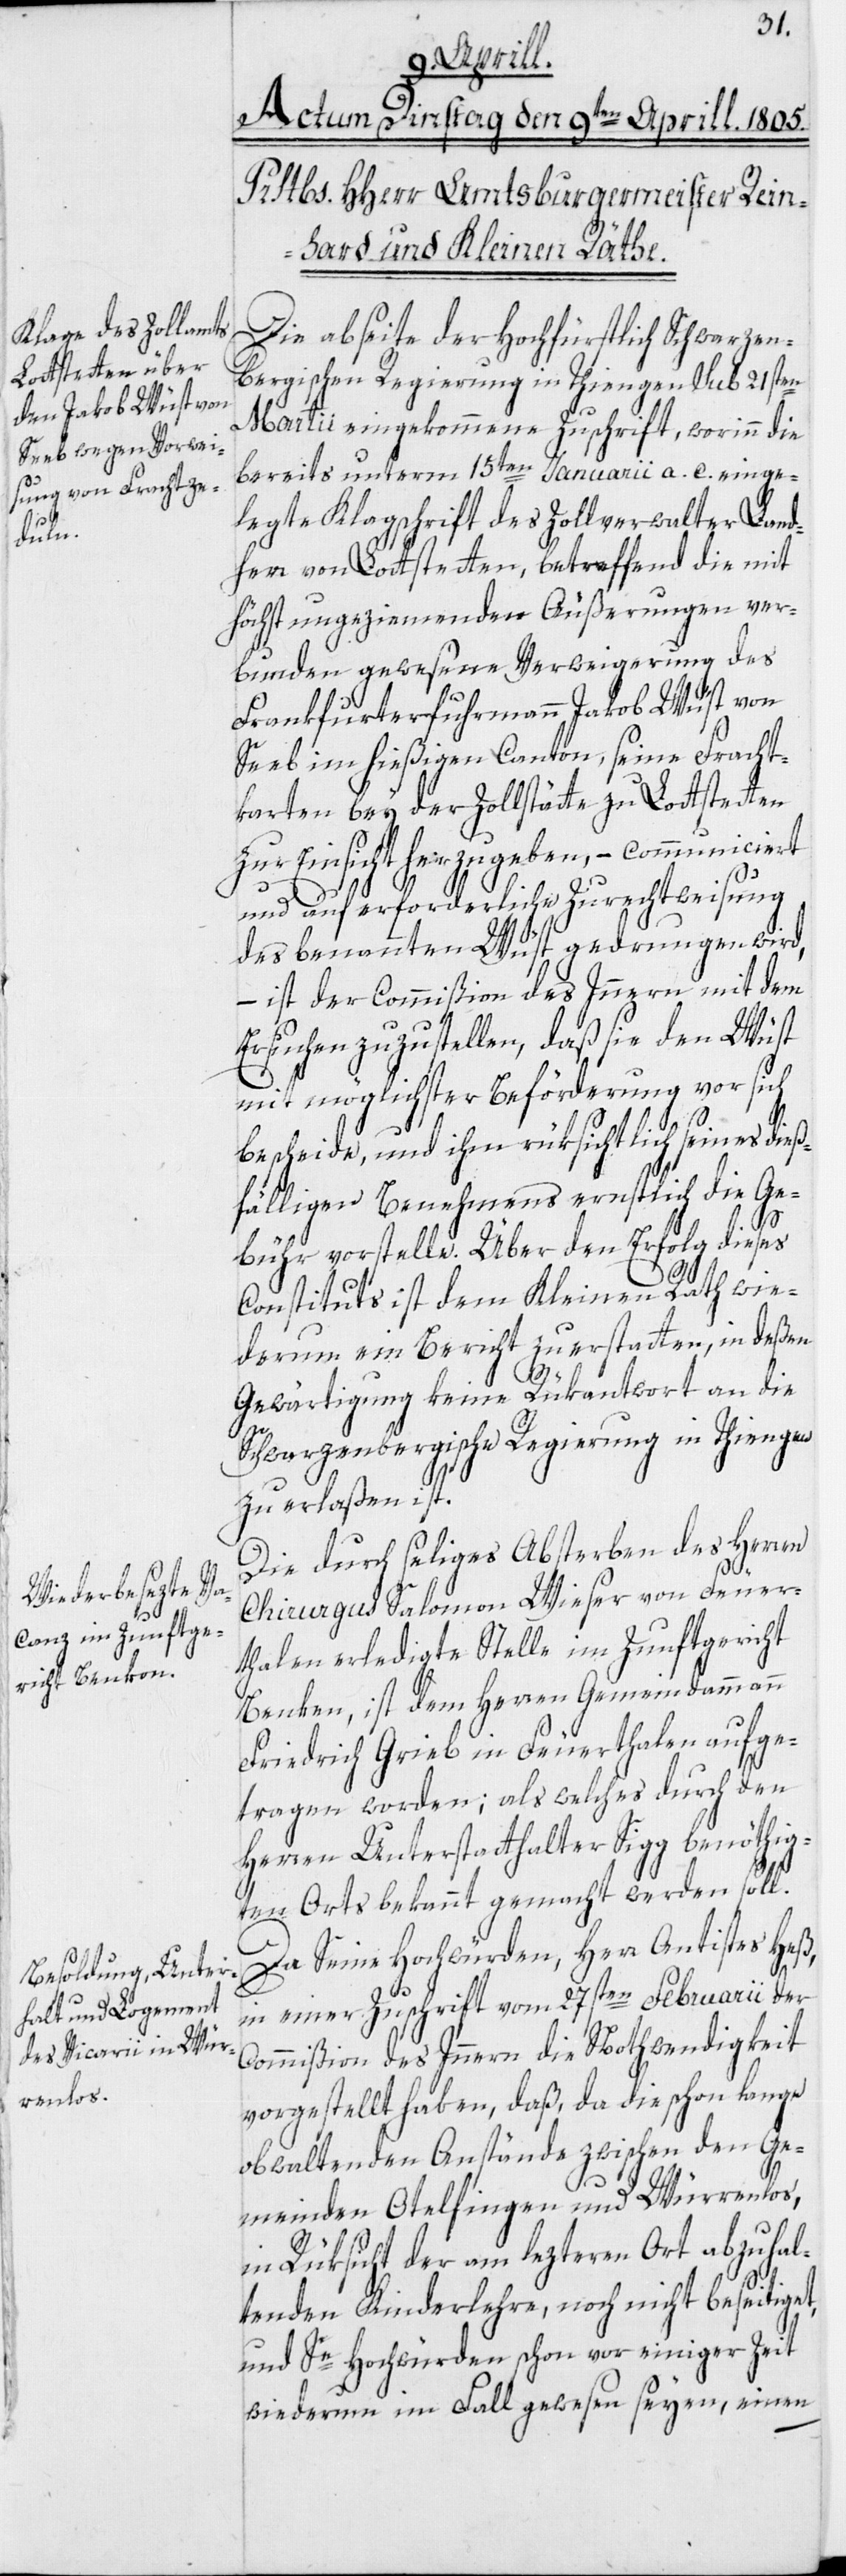
Die abseite der Hochfürstlich Schwarzen¬
bergischen Regierung in Thiengen sub 21sten
Martii eingekommene Zuschrift, worinn die
bereits unterm 15ten Januarii a. c. einge¬
legte Klagschrift des Zollverwalter Land¬
herr von Lottstetten, betreffend die mit
höchst ungeziemenden Äußerungen ver¬
bunden gewesene Verweigerung des
Frankfurterfuhrmann Jakob Wüst von
Seeb im hießigen Canton, seine Fracht¬
karten bey der Zollstätte zu Lottstetten
zur Einsicht herzugeben, – communiciert
und auf erforderliche Zurechtweisung
des benannten Wüst gedrungen wird,
– ist der Commißion des Innern mit dem
Ersuchen zuzustellen, daß sie den Wüst
mit möglichster Beförderung vor sich
bescheide, und ihm rüksichtlich seines dieß¬
fälligen Benehmens ernstlich die Ge¬
bühr vorstelle. Über den Erfolg dieses
Constituts ist dem Kleinen Rath wie¬
derum ein Bericht zu erstatten, in deßen
Gewärtigung keine Rükantwort an die
Schwarzenbergische Regierung in Thiengen
zu erlaßen ist.
Die durch seliges Absterben des Herren
Chirurgus Salomon Wieser von Feuer¬
thalen erledigte Stelle im Zunftgericht
Benken, ist dem Herren Gemeindammann
Friedrich Grieb in Feuerthalen aufge¬
tragen worden; als welches durch den
Herren Unterstatthalter Sigg benöthigt¬
en Orts bekannt gemacht werden soll.
Da Seine Hochwürden, Herr Antistes Heß,
in einer Zuschrift vom 27sten Februarii der
Commißion des Innern die Nothwendigkeit
vorgestellt haben, daß, da die schon lange
obwaltenden Anstände zwischen den Ge¬
meinden Otelfingen und Würrenlos,
in Rüksicht der am lezteren Ort abzuhal¬
tenden Kinderlehre, noch nicht beseitiget,
und Se Hochwürden schon vor einiger Zeit
wiederum im Fall gewesen seyen, einen